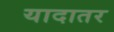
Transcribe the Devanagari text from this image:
यादातर